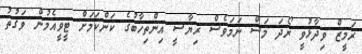
ރަމީޒް ވިދާޅުވީ ރޯދަ މަސް ނަމަވެސް ރިޔާސީ އިންތިހާބުގެ ކަންކަމަށް ޓީވީއެމުން ވަގުތު